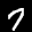
Label: 7